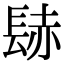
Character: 𨲂